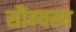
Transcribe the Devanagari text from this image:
सौम्यस्य